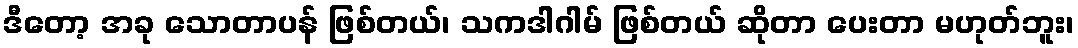
ဒီတော့ အခု သောတာပန် ဖြစ်တယ်၊ သကဒါဂါမ် ဖြစ်တယ် ဆိုတာ ပေးတာ မဟုတ်ဘူး၊